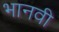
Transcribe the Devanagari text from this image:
भानवी